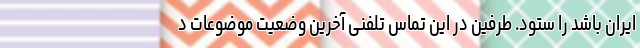
ایران باشد را ستود. طرفین در این تماس تلفنی آخرین وضعیت موضوعات د